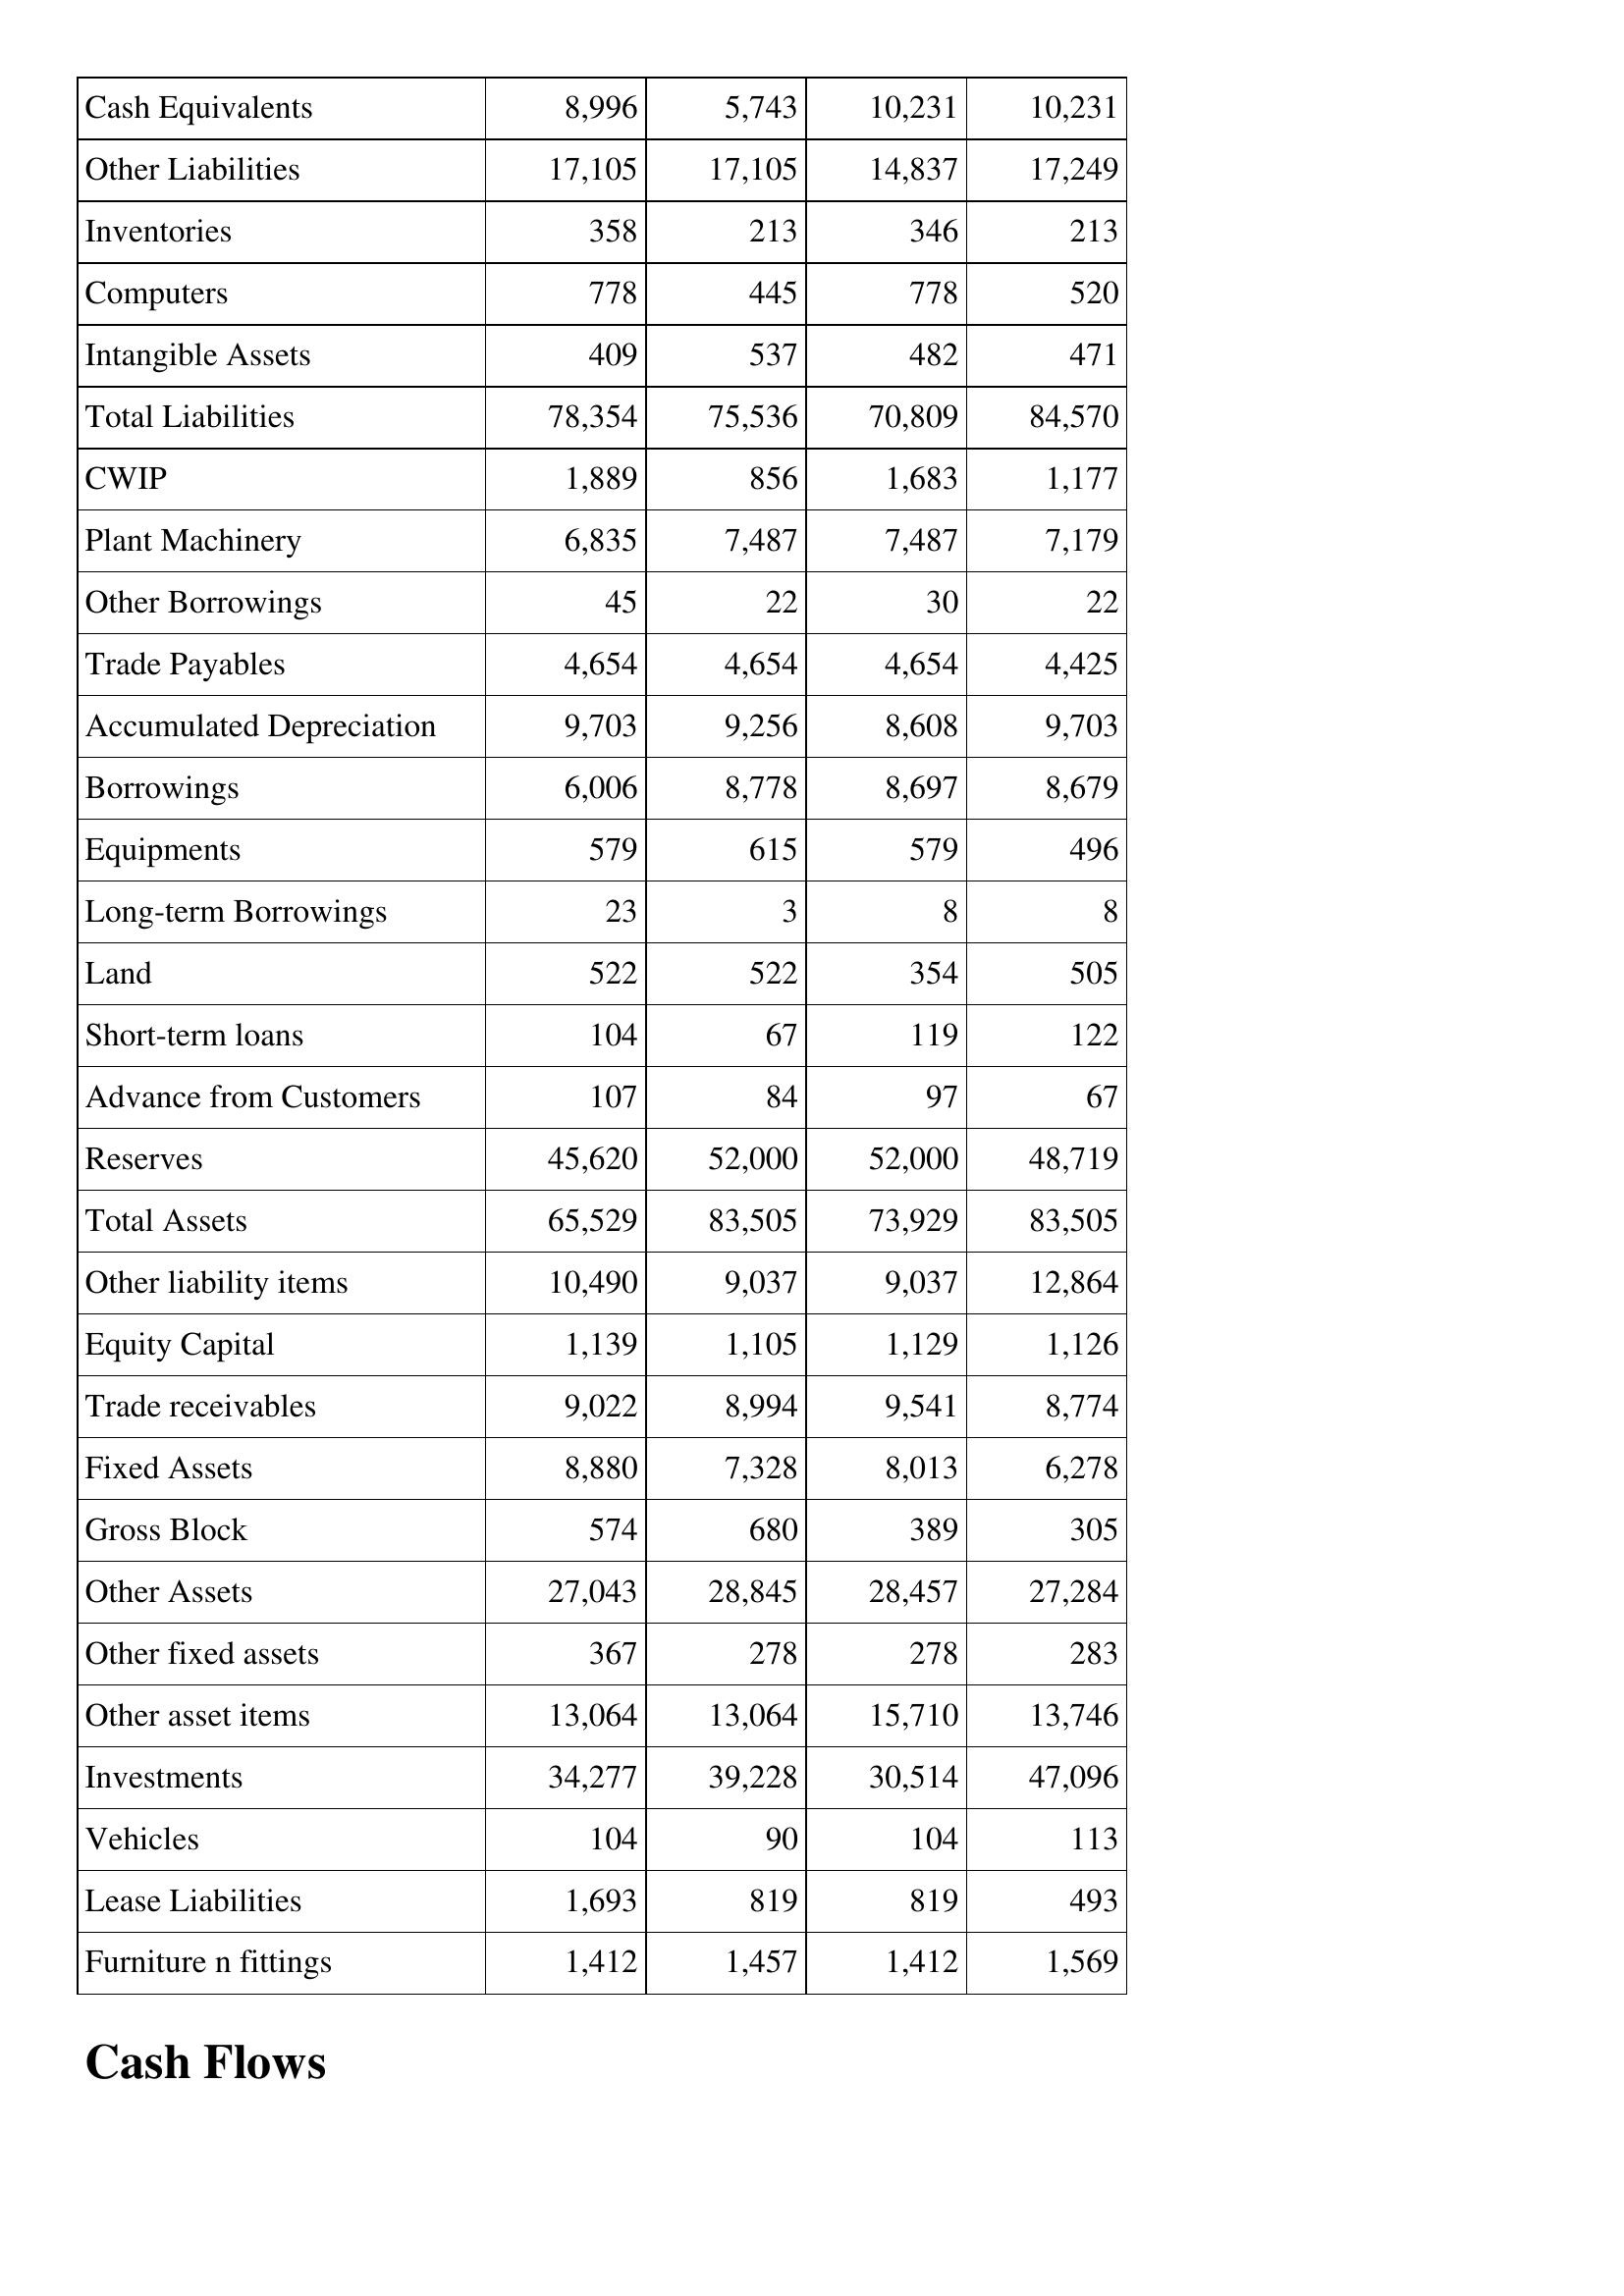
Jan-15: Balance Sheet: Cash Equivalents: 8,996
Other Liabilities: 17,105
Inventories: 358
Computers: 778
Intangible Assets: 409
Total Liabilities: 78,354
CWIP: 1,889
Plant Machinery: 6,835
Other Borrowings: 45
Trade Payables: 4,654
Accumulated Depreciation: 9,703
Borrowings: 6,006
Equipments: 579
Long-term Borrowings: 23
Land: 522
Short-term loans: 104
Advance from Customers: 107
Reserves: 45,620
Total Assets: 65,529
Other liability items: 10,490
Equity Capital: 1,139
Trade receivables: 9,022
Fixed Assets: 8,880
Gross Block: 574
Other Assets: 27,043
Other fixed assets: 367
Other asset items: 13,064
Investments: 34,277
Vehicles: 104
Lease Liabilities: 1,693
Furniture n fittings: 1,412
Jan-16: Balance Sheet: Cash Equivalents: 5,743
Other Liabilities: 17,105
Inventories: 213
Computers: 445
Intangible Assets: 537
Total Liabilities: 75,536
CWIP: 856
Plant Machinery: 7,487
Other Borrowings: 22
Trade Payables: 4,654
Accumulated Depreciation: 9,256
Borrowings: 8,778
Equipments: 615
Long-term Borrowings: 3
Land: 522
Short-term loans: 67
Advance from Customers: 84
Reserves: 52,000
Total Assets: 83,505
Other liability items: 9,037
Equity Capital: 1,105
Trade receivables: 8,994
Fixed Assets: 7,328
Gross Block: 680
Other Assets: 28,845
Other fixed assets: 278
Other asset items: 13,064
Investments: 39,228
Vehicles: 90
Lease Liabilities: 819
Furniture n fittings: 1,457
Jan-17: Balance Sheet: Cash Equivalents: 10,231
Other Liabilities: 14,837
Inventories: 346
Computers: 778
Intangible Assets: 482
Total Liabilities: 70,809
CWIP: 1,683
Plant Machinery: 7,487
Other Borrowings: 30
Trade Payables: 4,654
Accumulated Depreciation: 8,608
Borrowings: 8,697
Equipments: 579
Long-term Borrowings: 8
Land: 354
Short-term loans: 119
Advance from Customers: 97
Reserves: 52,000
Total Assets: 73,929
Other liability items: 9,037
Equity Capital: 1,129
Trade receivables: 9,541
Fixed Assets: 8,013
Gross Block: 389
Other Assets: 28,457
Other fixed assets: 278
Other asset items: 15,710
Investments: 30,514
Vehicles: 104
Lease Liabilities: 819
Furniture n fittings: 1,412
Jan-18: Balance Sheet: Cash Equivalents: 10,231
Other Liabilities: 17,249
Inventories: 213
Computers: 520
Intangible Assets: 471
Total Liabilities: 84,570
CWIP: 1,177
Plant Machinery: 7,179
Other Borrowings: 22
Trade Payables: 4,425
Accumulated Depreciation: 9,703
Borrowings: 8,679
Equipments: 496
Long-term Borrowings: 8
Land: 505
Short-term loans: 122
Advance from Customers: 67
Reserves: 48,719
Total Assets: 83,505
Other liability items: 12,864
Equity Capital: 1,126
Trade receivables: 8,774
Fixed Assets: 6,278
Gross Block: 305
Other Assets: 27,284
Other fixed assets: 283
Other asset items: 13,746
Investments: 47,096
Vehicles: 113
Lease Liabilities: 493
Furniture n fittings: 1,569